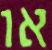
או